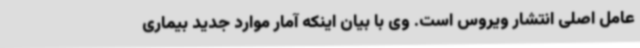
عامل اصلی انتشار ویروس است. وی با بیان اینکه آمار موارد جدید بیماری